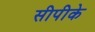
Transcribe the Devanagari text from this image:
सीपीके